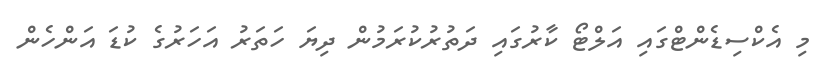
މި އެކްސިޑެންޓްގައި އަލްޓޯ ކާރުގައި ދަތުރުކުރަމުން ދިޔަ ހަތަރު އަހަރުގެ ކުޑަ އަންހެން